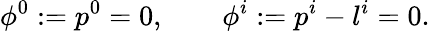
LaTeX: \phi^{0}:=p^{0}=0,\qquad\phi^{i}:=p^{i}-l^{i}=0.